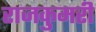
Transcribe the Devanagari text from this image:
राजकुमरी